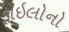
ફાઇલોનો